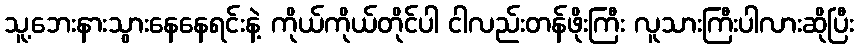
သူ့ဘေးနားသွားနေနေရင်းနဲ့ ကိုယ်ကိုယ်တိုင်ပါ ငါလည်းတန်ဖိုးကြီး လူသားကြီးပါလားဆိုပြီး